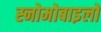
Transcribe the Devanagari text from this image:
स्नोमोबाइलों